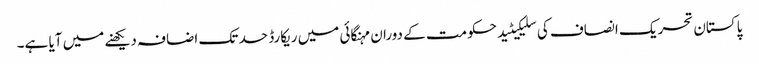
پاکستان تحریک انصاف کی سلیکیٹید حکومت کے دوران مہنگائی میں ریکارڈ حد تک اضافہ دیکھنے میں آیا ہے۔